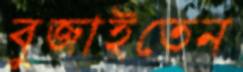
বুজাইতেন